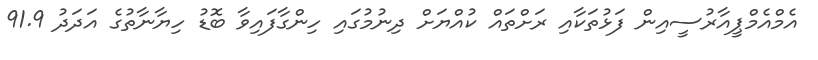
އެމްއެެމްޕީއާރުސީއިން ފަޅުތަކާއި ރަށްތައް ކުއްޔަށް ދިނުމުގައި ހިންގާފައިވާ ބޮޑު ހިޔާނާތުގެ އަދަދު 91.9